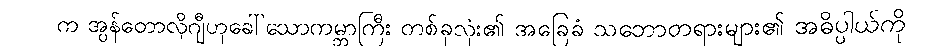
က အွန်တောလိုဂျီဟုခေါ်သောကမ္ဘာကြီး တစ်ခုလုံး၏ အခြေခံ သဘောတရားများ၏ အဓိပ္ပါယ်ကို